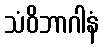
သံဝိဘာဂါနံ